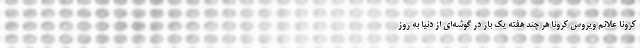
کرونا علائم ویروس کرونا هر چند هفته یک بار در گوشه‌ای از دنیا به روز